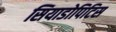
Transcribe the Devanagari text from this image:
सियाडोपिटिस